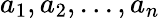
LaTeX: a_{1},a_{2},...,a_{n}